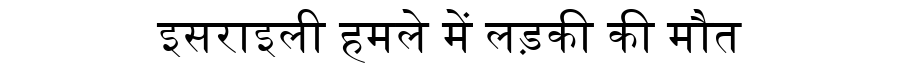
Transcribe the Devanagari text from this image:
इसराइली हमले में लड़की की मौत